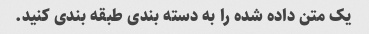
یک متن داده شده را به دسته بندی طبقه بندی کنید.